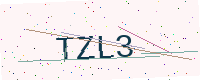
Text: TZL3